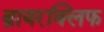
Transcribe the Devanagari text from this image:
ब्रायरक्लिफ